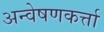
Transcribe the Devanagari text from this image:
अन्वेषणकर्त्ता